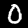
Label: 0